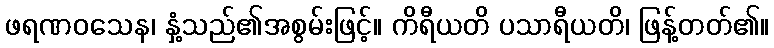
ဖရဏဝသေန၊ နှံ့သည်၏အစွမ်းဖြင့်။ ကိရီယတိ ပသာရီယတိ၊ ဖြန့်တတ်၏။